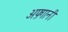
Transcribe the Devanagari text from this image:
अफ़्गानी